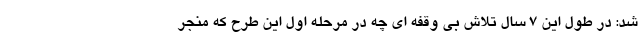
شد: در طول این ۷ سال تلاش بی وقفه ای چه در مرحله اول این طرح که منجر